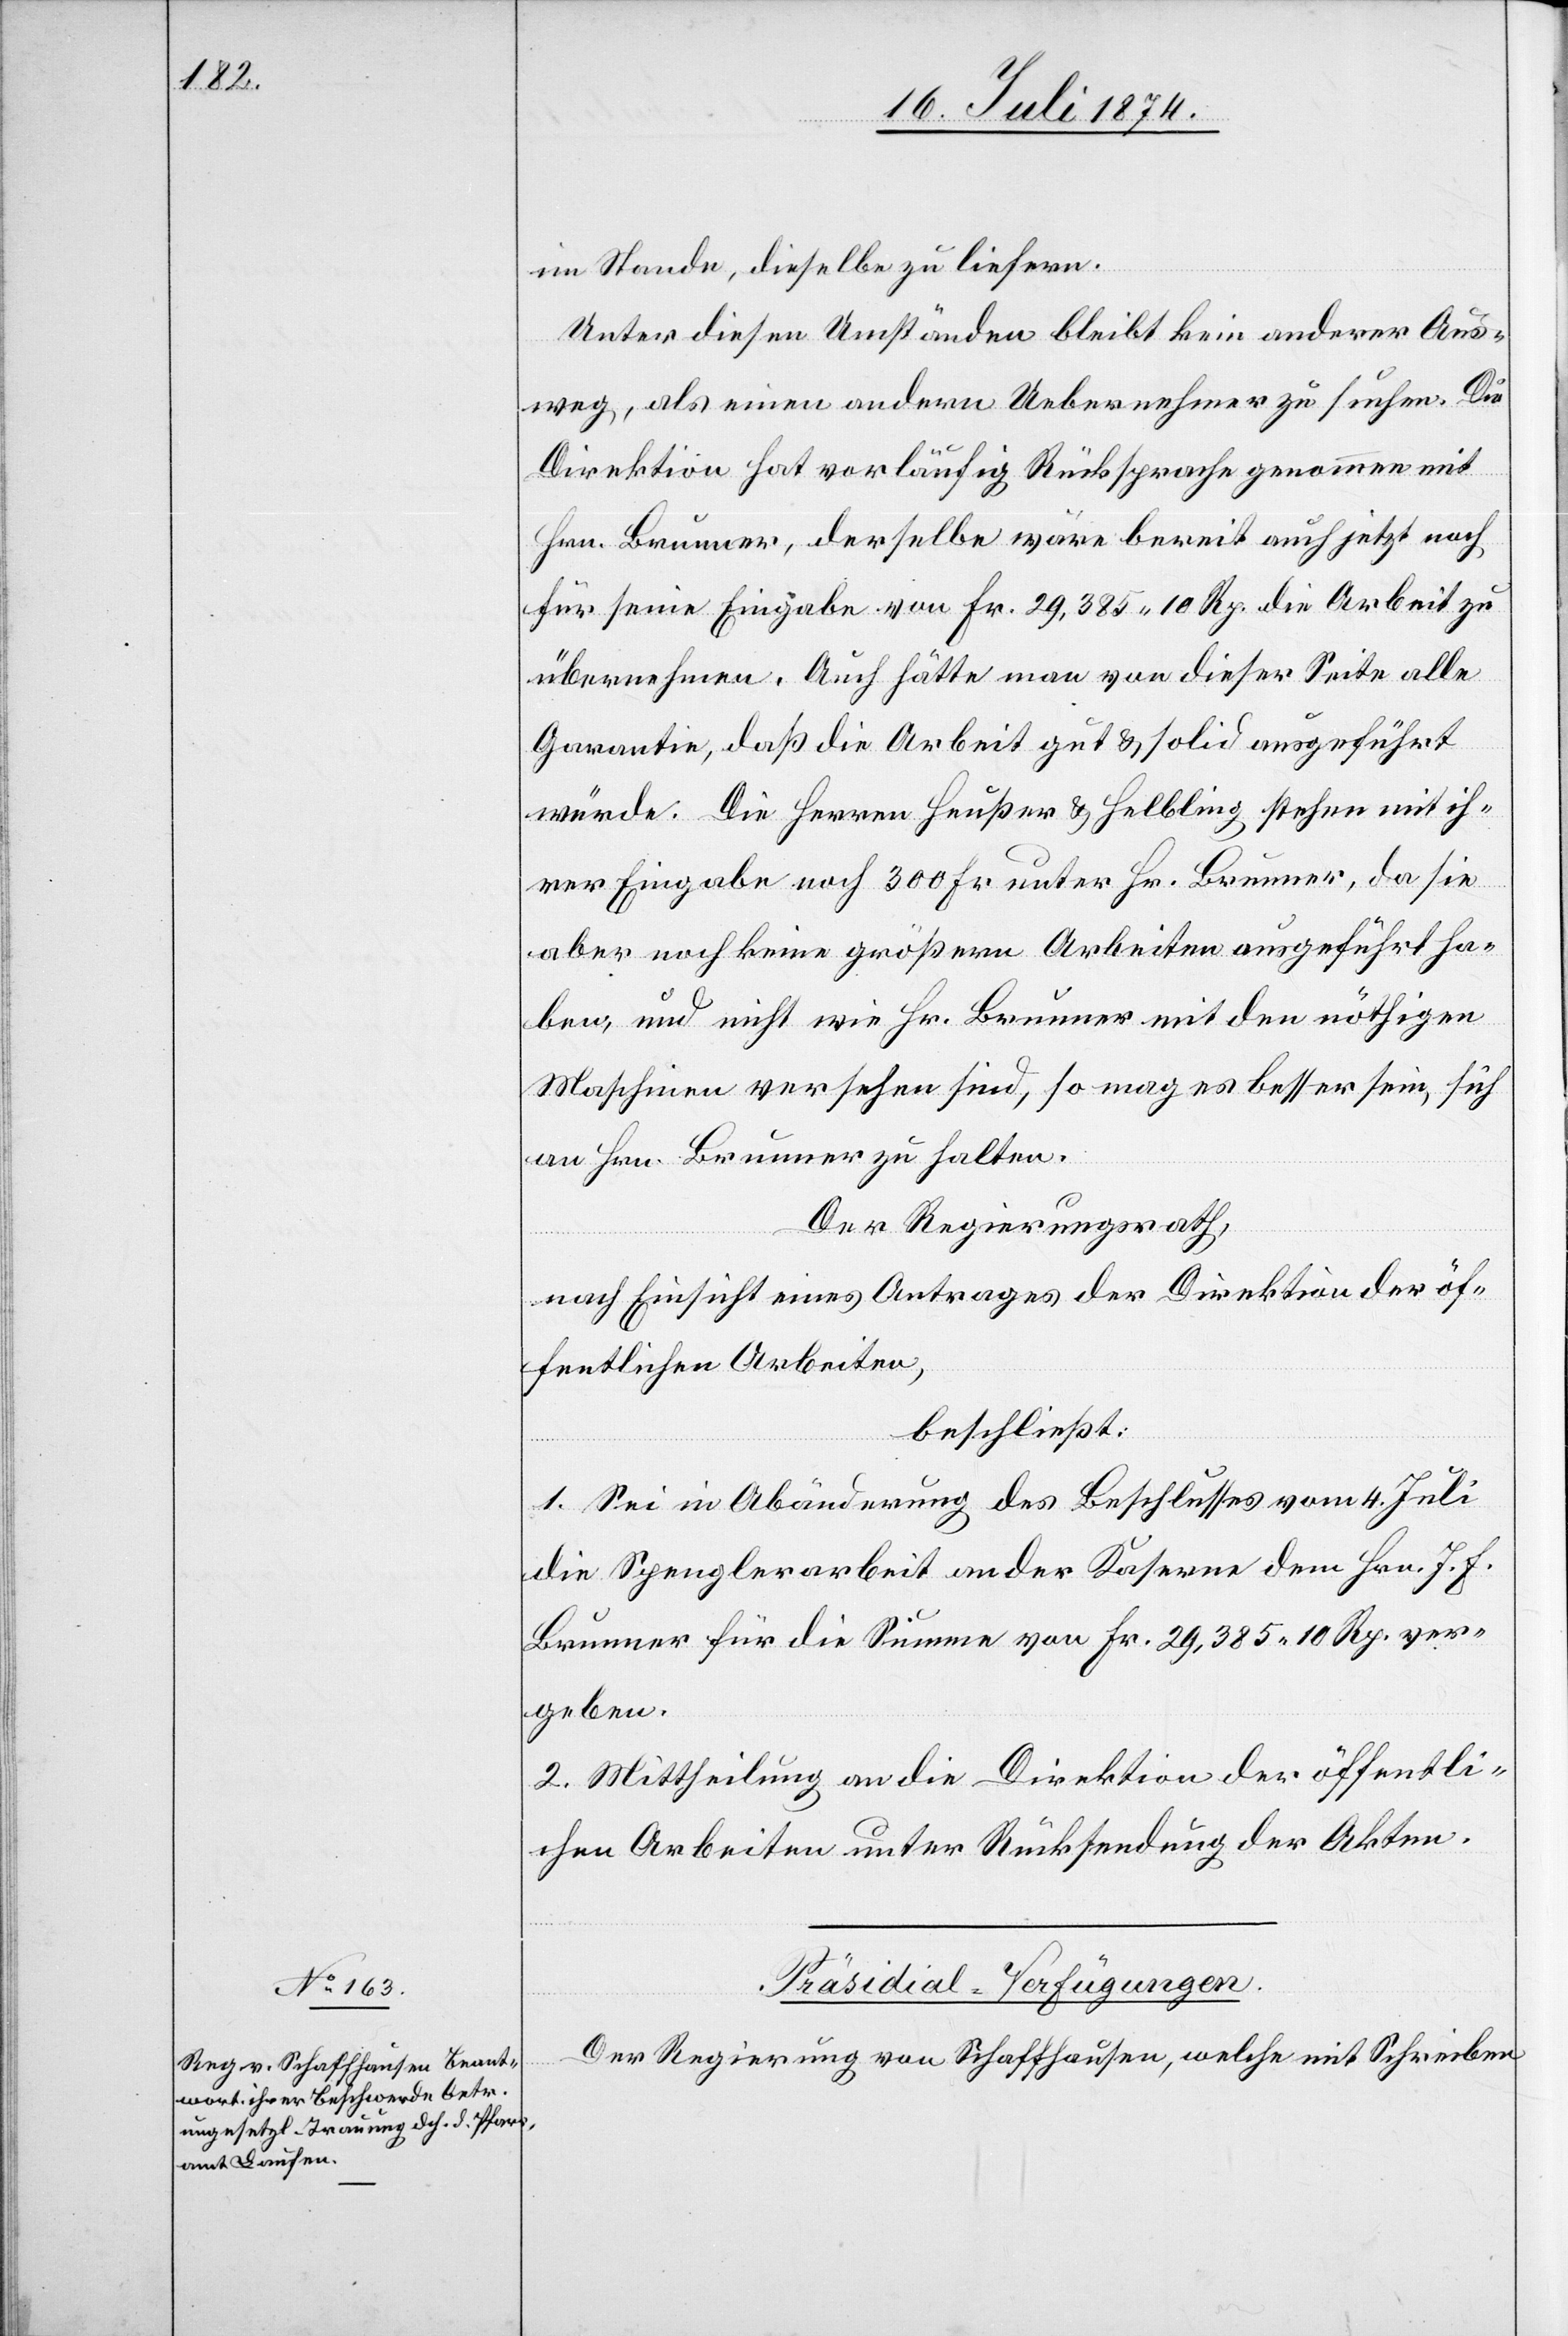
[22. Juli 1874.]
im Stande, dieselbe zu liefern.
Unter diesen Umständen bleibt kein anderer Aus¬
weg, als einen andern Uebernehmer zu suchen. Die
Direktion hat vorläufig Rücksprache genommen mit
Hrn. Brunner, derselbe wäre bereit auch jetzt noch
für seine Eingabe von Fr. 29,385.10 Rp. die Arbeit zu
übernehmen. Auch hätte man von dieser Seite alle
Garantie, daß die Arbeit gut u. solid ausgeführt
würde. Die Herren Heußer u. Helbling stehen mit ih¬
rer Eingabe noch 300 Fr. unter Hr. Brunner, da sie
aber noch keine größern Arbeiten ausgeführt ha¬
ben, und nicht wie Hr. Brunner mit den nöthigen
Maschinen versehen sind, so mag es besser sein, sich
an Hrn. Brunner zu halten.
Der Regierungsrath,
nach Einsicht eines Antrages der Direktion der öf¬
fentlichen Arbeiten,
beschließt:
1. Sei in Abänderung des Beschlusses vom 4. Juli
die Spenglerarbeit an der Kaserne dem Hrn. J. F.
Brunner für die Summe von Fr. 29,385.10 Rp. ver¬
geben.
2. Mittheilung an die Direktion der öffentli¬
chen Arbeiten unter Rückstellung der Akten.
Präsidial-Verfügungen.
Der Regierung von Schaffhausen, welche mit Schreiben